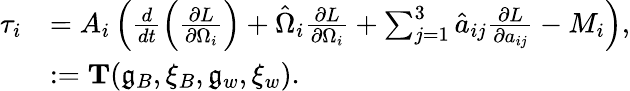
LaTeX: \begin{array}{rl}{\tau_{i}}&{=A_{i}\left(\frac{d}{dt}\left(\frac{\partial L}{\partial\Omega_{i}}\right)+\hat{\Omega}_{i}\frac{\partial L}{\partial\Omega_{i}}+\sum_{j=1}^{3}\hat{a}_{ij}\frac{\partial L}{\partial a_{ij}}-M_{i}\right),}\\ &{:=\mathbf{T}(\mathfrak{g}_{B},\xi_{B},\mathfrak{g}_{w},\xi_{w}).}\end{array}